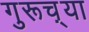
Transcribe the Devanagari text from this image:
गुरूच़्या